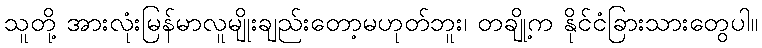
သူတို့ အားလုံးမြန်မာလူမျိုးချည်းတော့မဟုတ်ဘူး၊ တချို့က နိုင်ငံခြားသားတွေပါ။